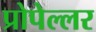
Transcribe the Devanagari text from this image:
प्रोपेल्लर